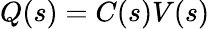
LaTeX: Q(s)=C(s)V(s)